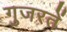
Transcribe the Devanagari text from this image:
गुजरतें